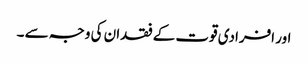
اور افرادی قوت کے فقدان کی وجہ سے ۔